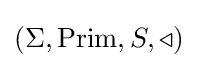
(\Sigma ,{\text{Prim}},S,\triangleleft )